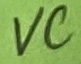
Text: VC